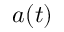
a ( t )